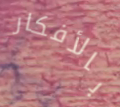
بالأفكار